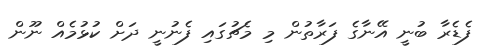
ފެޑެރާ ބުނީ އޭނާގެ ފަރާތުން މި މެޗުގައި ފެނުނީ ދަށް ކުޅުމެއް ނޫން